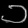
Digit: ၁